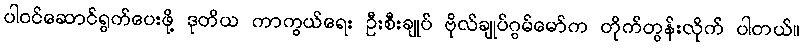
ပါဝင်ဆောင်ရွက်ပေးဖို့ ဒုတိယ ကာကွယ်ရေး ဦးစီးချုပ် ဗိုလ်ချုပ်ဂွမ်မော်က တိုက်တွန်းလိုက် ပါတယ်။